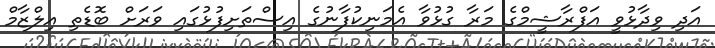
އަދި ވިދާޅުވީ އަފްރާޝީމްގެ މަރާ ގުޅުވާ އެމަނިކުފާނުގެ އިސްތަށިފުޅުގައި ވަރަށް ބޮޑެތި އިލްޒާމް